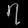
Digit: ၇